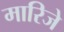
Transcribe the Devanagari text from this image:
मारिजे